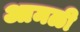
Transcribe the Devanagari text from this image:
आमळी